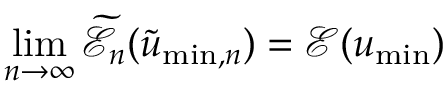
\operatorname* { l i m } _ { n \to \infty } \widetilde { \mathcal { E } } _ { n } ( \widetilde { u } _ { \mathrm { m i n } , n } ) = \mathcal { E } ( u _ { \mathrm { m i n } } )